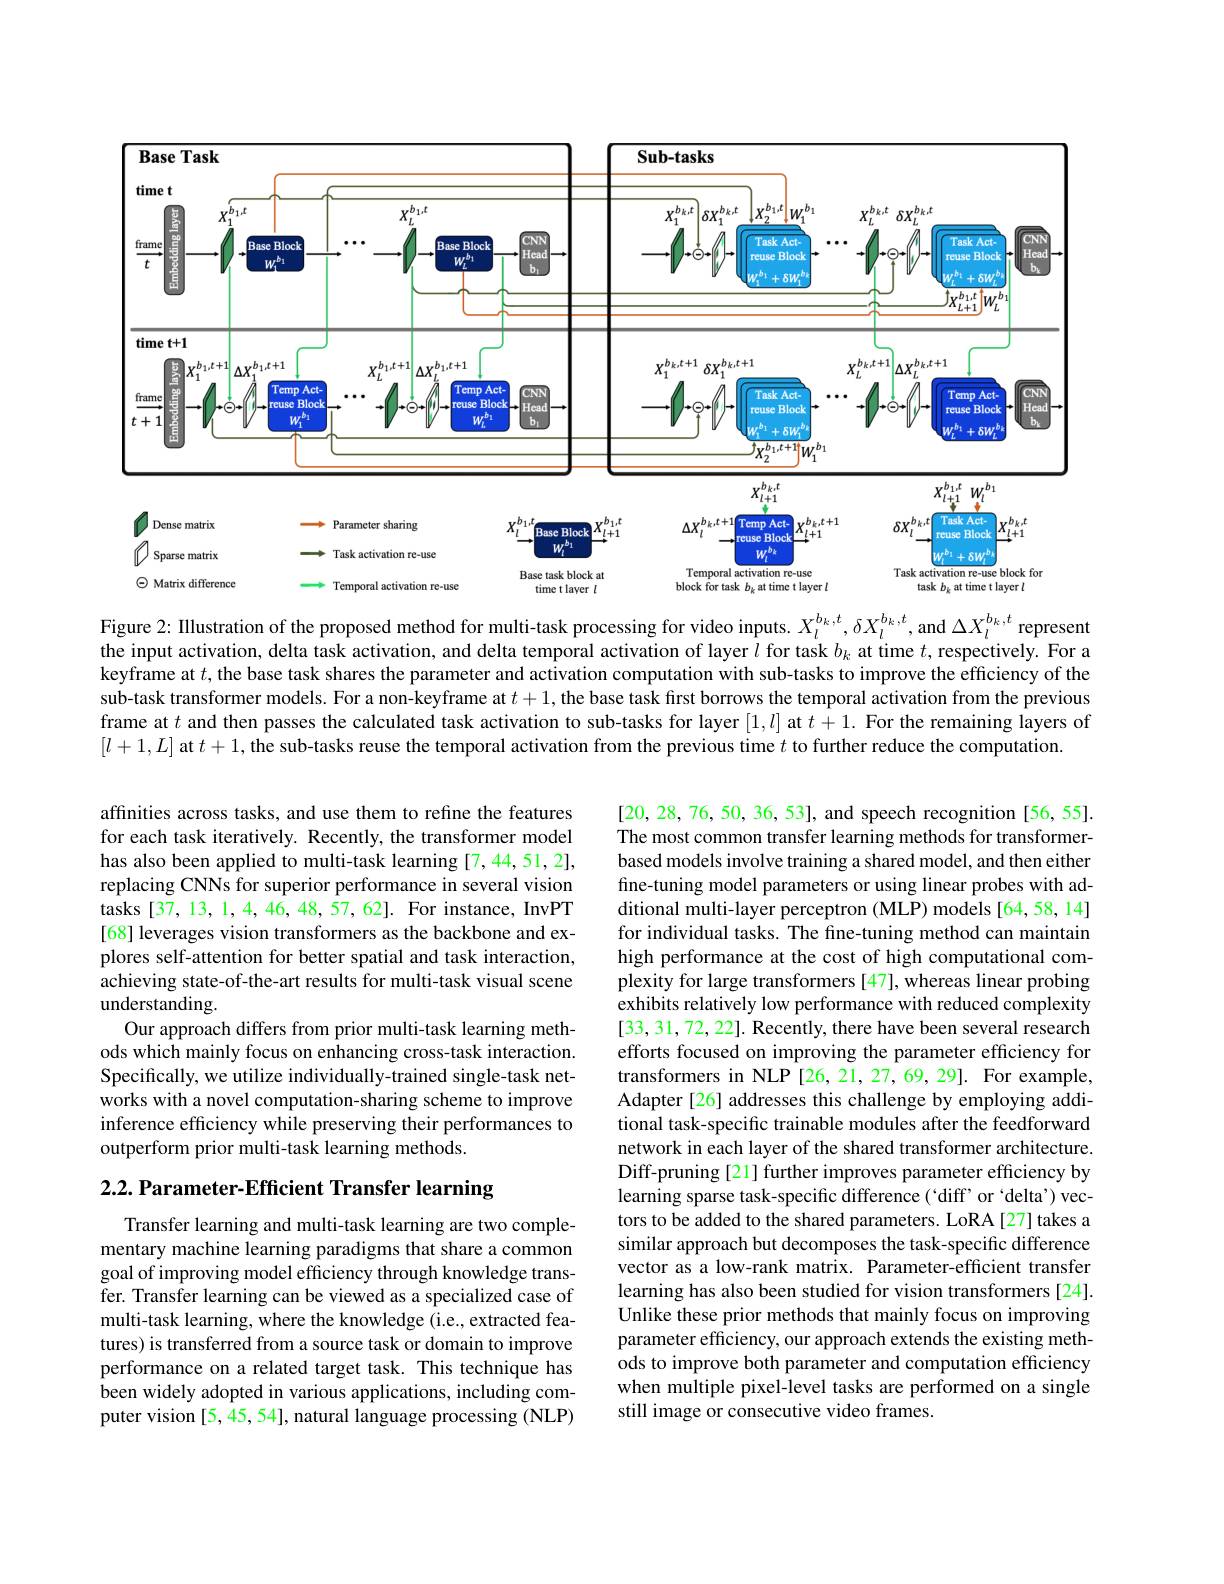
<FigureHere>
Figure 2: Illustration of the proposed method for multi-task processing for video inputs. $X_l^{b_k,t},\delta X_l^{b_k,t}$, and $\Delta X_l^{b_k,t}$ represent

the input activation, delta task activation, and delta temporal activation of layer $l$ for task $b_k$ at time $t$,respectively. For a keyframe at $t$, the base task shares the parameter and activation computation with sub-tasks to improve the efficiency of the sub-task transformer models. For a non-keyframe at $t+1$, the base task first borrows the temporal activation from the previous frame at $t$ and then passes the calculated task activation to sub-tasks for layer $[1,l]$ at $t+1.$ For the remaining layers of $[l+1,L]$ at $t+1$, the sub-tasks reuse the temporal activation from the previous time $t$ to further reduce the computation.

affinities across tasks, and use them to refine the features for each task iteratively. Recently, the transformer model has also been applied to multi-task learning [7,44,51,2], replacing CNNs for superior performance in several vision tasks [37,13,1,4,46,48,57,62]. For instance, InvPT [68] leverages vision transformers as the backbone and explores self-attention for better spatial and task interaction, achieving state-of-the-art results for multi-task visual scene understanding.
Our approach differs from prior multi-task learning methods which mainly focus on enhancing cross-task interaction. Specifically, we utilize individually-trained single-task networks with a novel computation-sharing scheme to improve inference efficiency while preserving their performances to outperform prior multi-task learning methods.

[20,28,76,50,36,53],and speech recognition [56,55]. The most common transfer learning methods for transformerbased models involve training a shared model, and then either fine-tuning model parameters or using linear probes with additional multi-layer perceptron (MLP) models [64,58,14] for individual tasks. The fine-tuning method can maintain high performance at the cost of high computational complexity for large transformers [47], whereas linear probing exhibits relatively low performance with reduced complexity [33,31,72,22]. Recently, there have been several research efforts focused on improving the parameter efficiency for transformers in NLP [26, 21, 27, 69, 29]. For example, Adapter [26] addresses this challenge by employing additional task-specific trainable modules after the feedforward network in each layer of the shared transformer architecture. Diff-pruning [21] further improves parameter efficiency by learning sparse task-specific difference (`diff' or "delta') vectors to be added to the shared parameters. LoRA[27] takes a similar approach but decomposes the task-specific difference vector as a low-rank matrix. Parameter-efficient transfer learning has also been studied for vision transformers [24]. Unlike these prior methods that mainly focus on improving parameter efficiency, our approach extends the existing methods to improve both parameter and computation efficiency when multiple pixel-level tasks are performed on a single still image or consecutive video frames.

$2. 2. \textbf{ Parameter- Efficient Transfer learning}$

Transfer learning and multi-task learning are two complementary machine learning paradigms that share a common goal of improving model efficiency through knowledge trans- $\tilde{\text{fer. Transfer learning can be viewed as a specialized case of}}$ multi-task learning, where the knowledge (i.e., extracted features) is transferred from a source task or domain to improve performance on a related target task. This technique has been widely adopted in various applications, including computer vision [5,45,54], natural language processing (NLP)